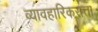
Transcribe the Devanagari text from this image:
व्यावहारिकसत्ता